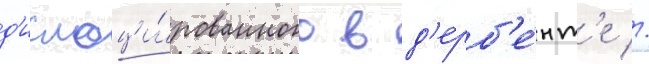
д'ислоци́рованного в д'ерб'е́нт'е //